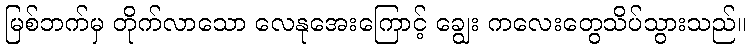
မြစ်ဘက်မှ တိုက်လာသော လေနုအေးကြောင့် ချွေး ကလေးတွေသိပ်သွားသည်။